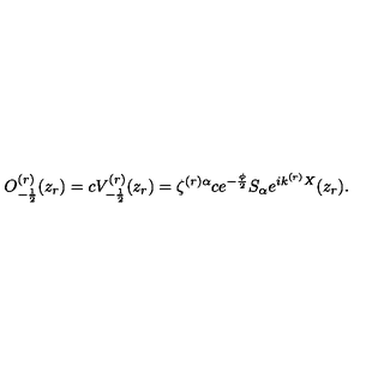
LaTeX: O _ { - \frac { 1 } { 2 } } ^ { ( r ) } ( z _ { r } ) = c V _ { - \frac { 1 } { 2 } } ^ { ( r ) } ( z _ { r } ) = \zeta ^ { ( r ) \alpha } c e ^ { - \frac { \phi } { 2 } } S _ { \alpha } e ^ { i k ^ { ( r ) } X } ( z _ { r } ) .